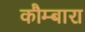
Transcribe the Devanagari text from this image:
कौम्बारा